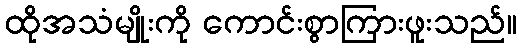
ထိုအသံမျိုးကို ကောင်းစွာကြားဖူးသည်။